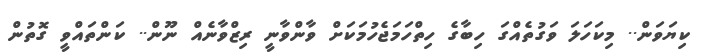
ކިޔަވަން.. މިކަހަލަ ވަގުތެއްގަ ހިބާގެ ހިތްހަމަޖެހުމަކަށް ވާންވާނީ ރިޒްވާނެއް ނޫން.. ކަންތައްވީ ގޮތުން